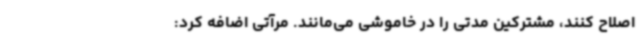
اصلاح کنند، مشترکین مدتی را در خاموشی می‌مانند. مرآتی اضافه کرد: